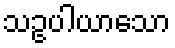
သဥပါယာသော